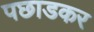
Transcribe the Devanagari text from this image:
पछाडकर